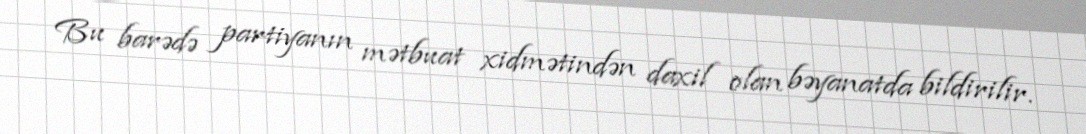
Bu barədə partiyanın mətbuat xidmətindən daxil olan bəyanatda bildirilir.